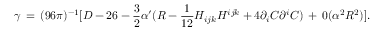
\gamma \, = \, ( 9 6 \pi ) ^ { - 1 } [ D - 2 6 - \frac { 3 } { 2 } \alpha ^ { \prime } ( { \cal R } - \frac { 1 } { 1 2 } H _ { i j k } H ^ { i j k } + 4 \partial _ { i } C \partial ^ { i } C ) \, + \, 0 ( \alpha ^ { 2 } { \cal R } ^ { 2 } ) ] .